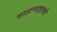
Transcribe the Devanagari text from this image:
चालण्याइतकी